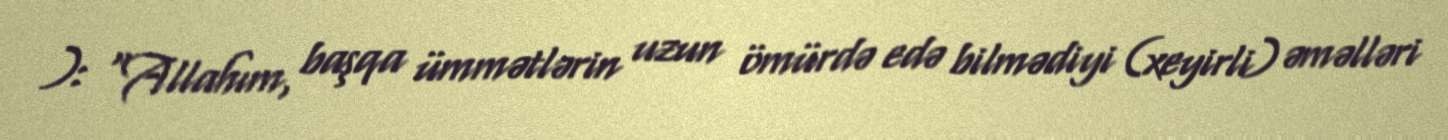
): “Allahım, başqa ümmətlərin uzun ömürdə edə bilmədiyi (xeyirli) əməlləri